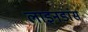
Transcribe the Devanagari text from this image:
लाइनडांस